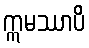
ဣမဿာပိ